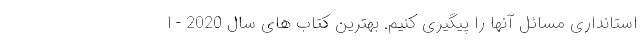
استانداری مسائل آنها را پیگیری کنیم. بهترین کتاب های سال 2020 - ا